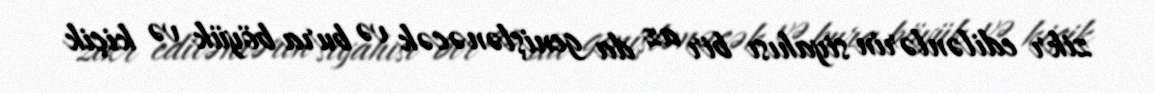
zikr edilənlərin siyahısı bir az da genişlənəcək və bura böyük və kiçik